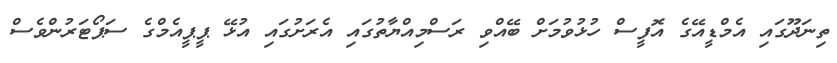
ތިނަދޫގައި އެމްޑީއޭގެ އޮފީސް ހުޅުވުމަށް ބޭއްވި ރަސްމިއްޔާތުގައި އެރަށުގައި އުޅޭ ޕީޕީއެމްގެ ސަޕޯޓަރުންވެސް